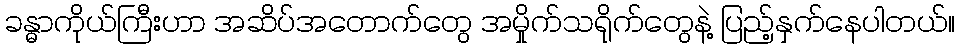
ခန္ဓာကိုယ်ကြီးဟာ အဆိပ်အတောက်တွေ အမှိုက်သရိုက်တွေနဲ့ ပြည့်နှက်နေပါတယ်။